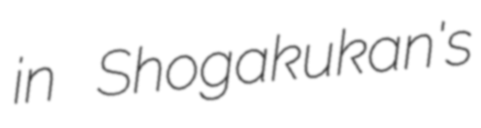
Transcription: in Shogakukan's